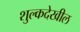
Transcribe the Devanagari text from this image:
शुल्कदेखील